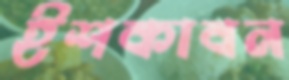
ইশকাবন